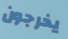
يخرجون